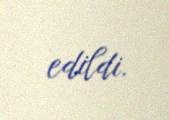
edildi.